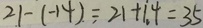
2 1 - ( - 1 4 ) = 2 1 + 1 . 4 = 3 5